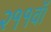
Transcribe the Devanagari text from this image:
२११वॉ